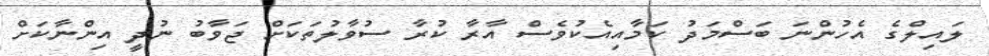
ލައިލްގެ އެހުންނަ ބަސްމަދު ކަމާއިއެކުވެސް އާރާ ކުރާ ސުވާލުތަކަށް ޖަވާބު ނުދީ އިންނާކަށް